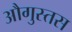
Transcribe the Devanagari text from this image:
औगुस्तस